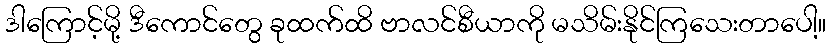
ဒါကြောင့်မို့ ဒီကောင်တွေ ခုထက်ထိ ဗာလင်စီယာကို မသိမ်းနိုင်ကြသေးတာပေါ့။